Vaccination United Provinces of Agra and Oudh 1902-1913 - 1902-1913
Year: 1902
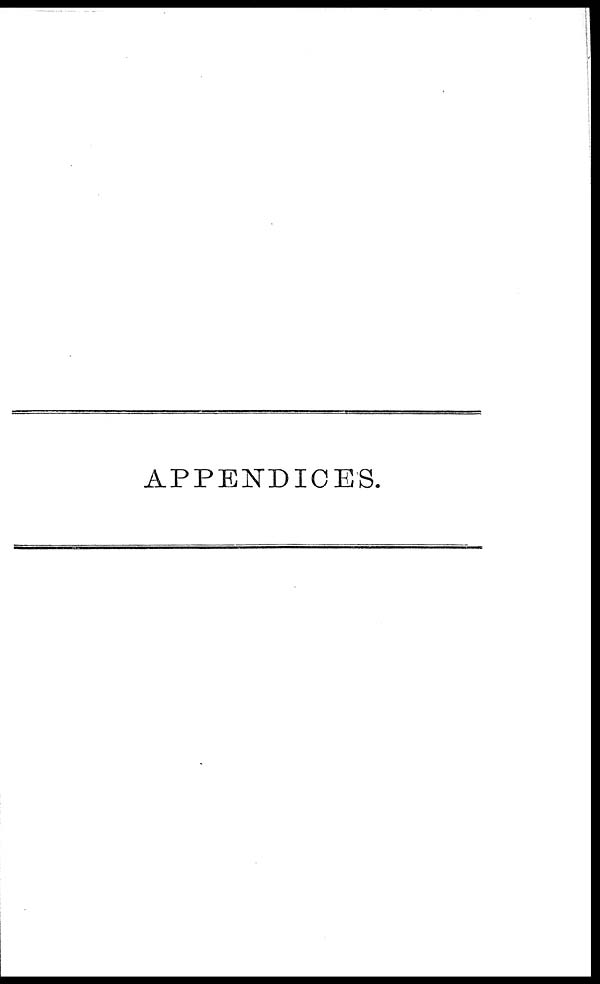
APPENDICES.